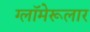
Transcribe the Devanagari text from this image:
ग्लॉमेरूलार